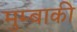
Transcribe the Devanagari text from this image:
मुम्बाकी